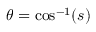
\theta = \cos ^ { - 1 } ( s )